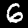
Label: 6